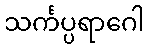
သင်္ကပ္ပရာဂေါ